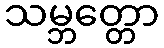
သမ္ဘတ္တော